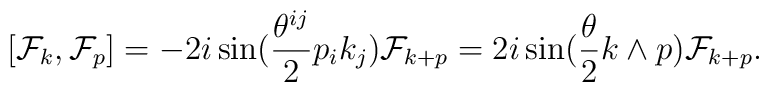
[{\cal F}_{k},{\cal F}_{p}]=-2i\sin(\frac{\theta^{ij}}{2}p_{i}k_{j}){\cal F}_{k+p}=2i\sin(\frac{\theta}{2}k\wedge p) {\cal F}_{k+p}.